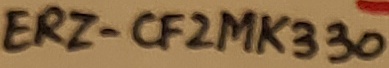
Text: ERZ-CF2MK330